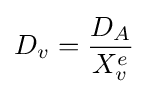
D_{v}={\frac {D_{A}}{X_{v}^{e}}}